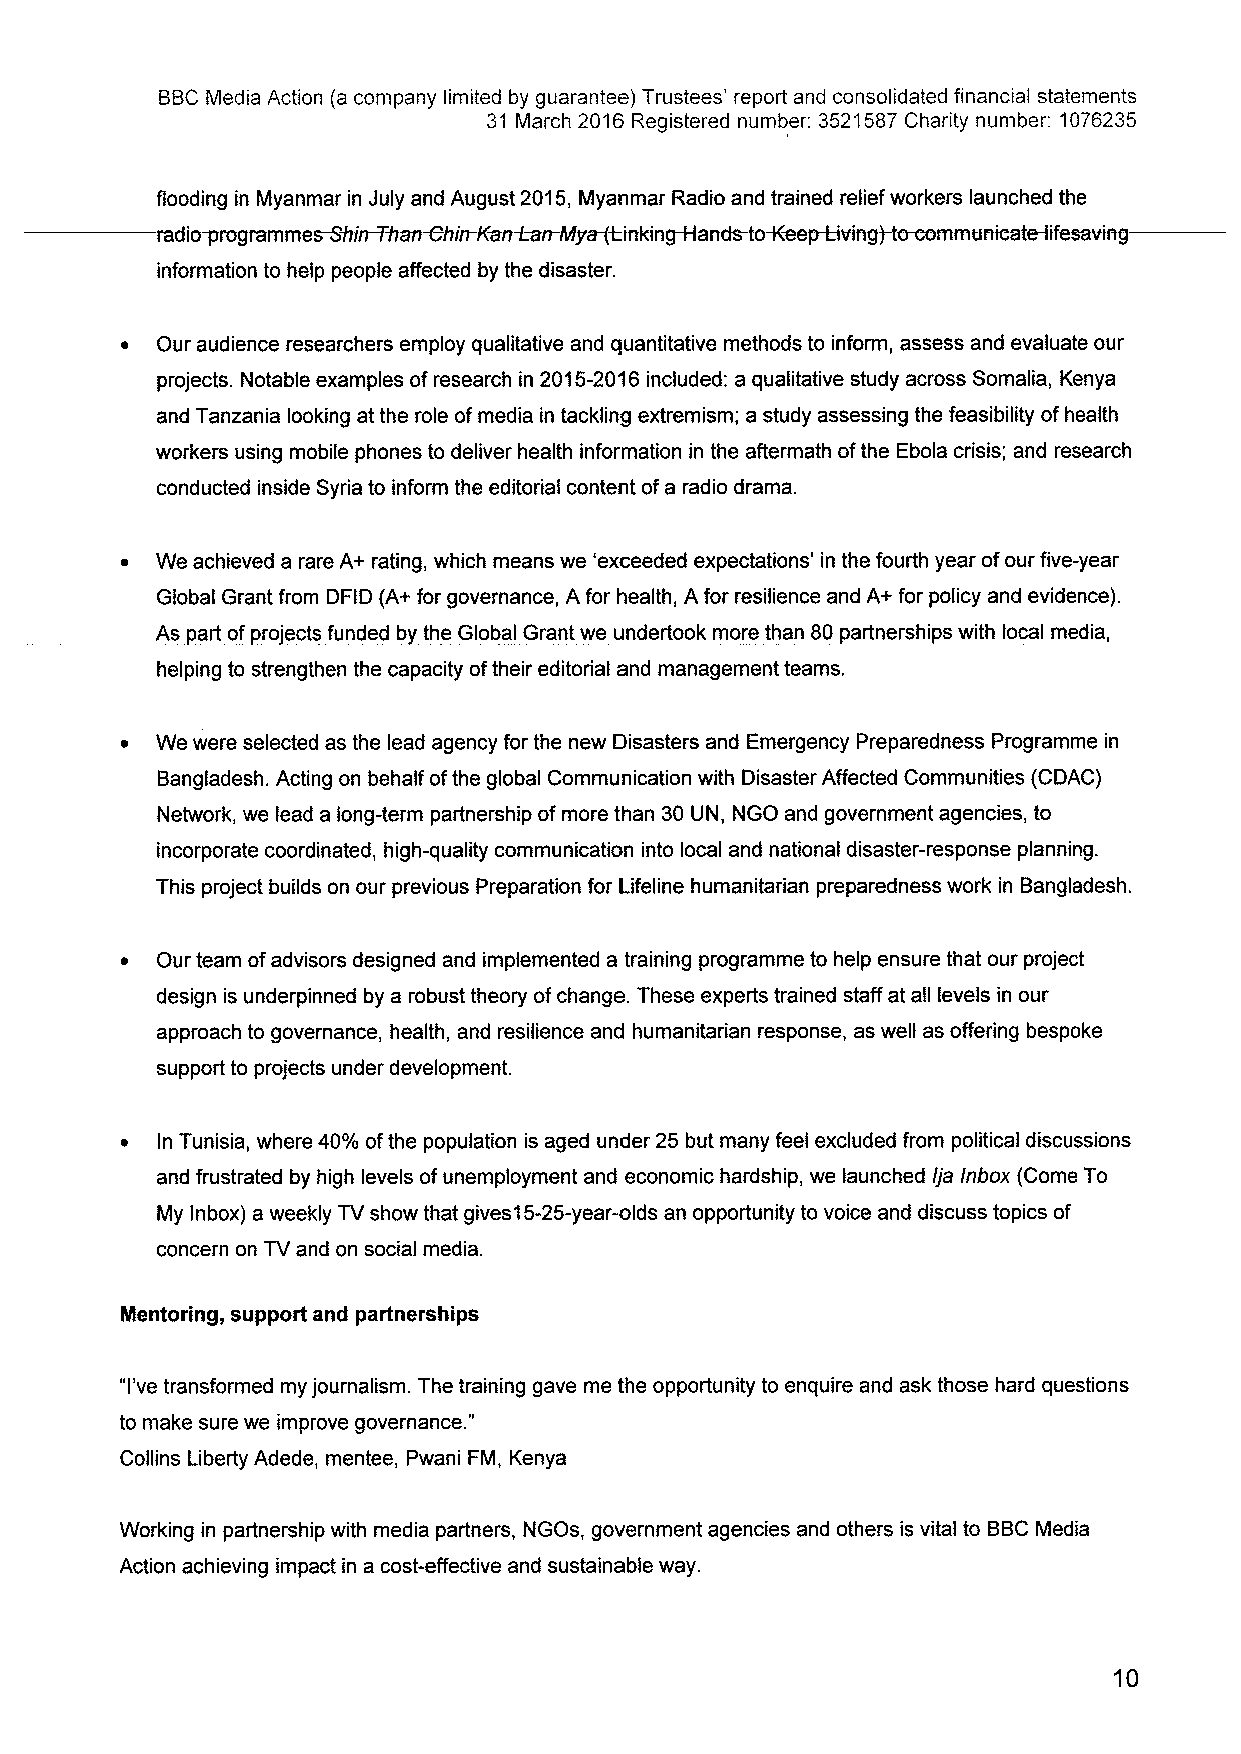
BBCMedia Action (a company limited by guarantee) Trustees' report and consolidated financial statements
 31 March 2016Registered number: 3521587Charity number: 1076235
 flooding in Myanmar in July and August 2015, Myanmar Radio and trained relief workers launched the
 radio~rogramme~hirrTAan&hin-Kankwn-My+ki nkin~ands-toWeep-Living)-to-communicate-Iifesaving
 information to help people affected by the disaster.
 ~ Our audience researchers employ qualitative and quantitative methods to inform, assess and evaluate our
 projects. Notable examples ofresearch in 2015-2016included: a qualitative study across Somalia, Kenya
 and Tanzania looking at the role ofmedia in tackling extremism; a study assessing the feasibility ofhealth
 workers using mobile phones to deliver health information in the aftermath ofthe Ebola crisis; and research
 conducted inside Syria to inform the editorial content ofa radio drama.
 ~ We achieved a rare A+ rating, which means we 'exceeded expectations' in the fourth year ofour five-year
 Global Grant from DFID (A+ for governance, A for health, A for resilience and A+ for policy and evidence).
 As part ofprojects funded by the Global Grant we undertook more than 80partnerships with local media,
 helping to strengthen the capacity oftheir editorial and management teams.
 ~ We were selected as the lead agency for the new Disasters and Emergency Preparedness Programme in
 Bangladesh. Acting on behalf ofthe global Communication with Disaster Affected Communities (CDAC)
 Network, we lead a long-term partnership ofmore than 30 UN, NGO and government agencies, to
 incorporate coordinated, high-quality communication into local and national disaster-response planning.
 This project builds on our previous Preparation for Lifeline humanitarian preparedness work in Bangladesh.
 ~ Our team ofadvisors designed and implemented a training programme to help ensure that our project
 design is underpinned by a robust theory ofchange. These experts trained staff at all levels in our
 approach to governance, health, and resilience and humanitarian response, as well as offering bespoke
 support to projects under development.
 ~ In Tunisia, where 40%ofthe population is aged under 25 but many feel excluded from political discussions
 and frustrated by high levels ofunemployment and economic hardship, we launched jIa Inbox (Come To
 My lnbox) a weekly TVshow that gives15-25-year-olds an opportunity to voice and discuss topics of
 concern on TVand on social media.
 Mentoring, support and partnerships
 "I've transformed my journalism. The training gave me the opportunity to enquire and ask those hard questions
 "
 to make sure we improve governance.
 Collins Liberty Adede, mentee, Pwani FM, Kenya
 Working in partnership with media partners, NGOs, government agencies and others is vital to BBCMedia
 Action achieving impact in a cost-effective and sustainable way.